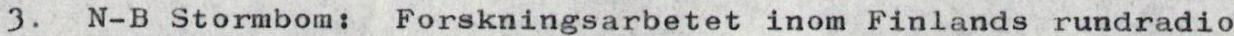
3. N-B Stormbom: Forskningsarbetet inom Finlands rundradio